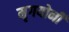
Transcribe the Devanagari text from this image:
मृगयोनी